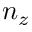
n _ { z }